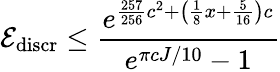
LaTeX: \mathcal{E}_{\mathrm{discr}}\leq\frac{e^{\frac{257}{256}c^{2}+\big(\frac{1}{8}x+\frac{5}{16}\big)c}}{e^{\pi cJ/10}-1}